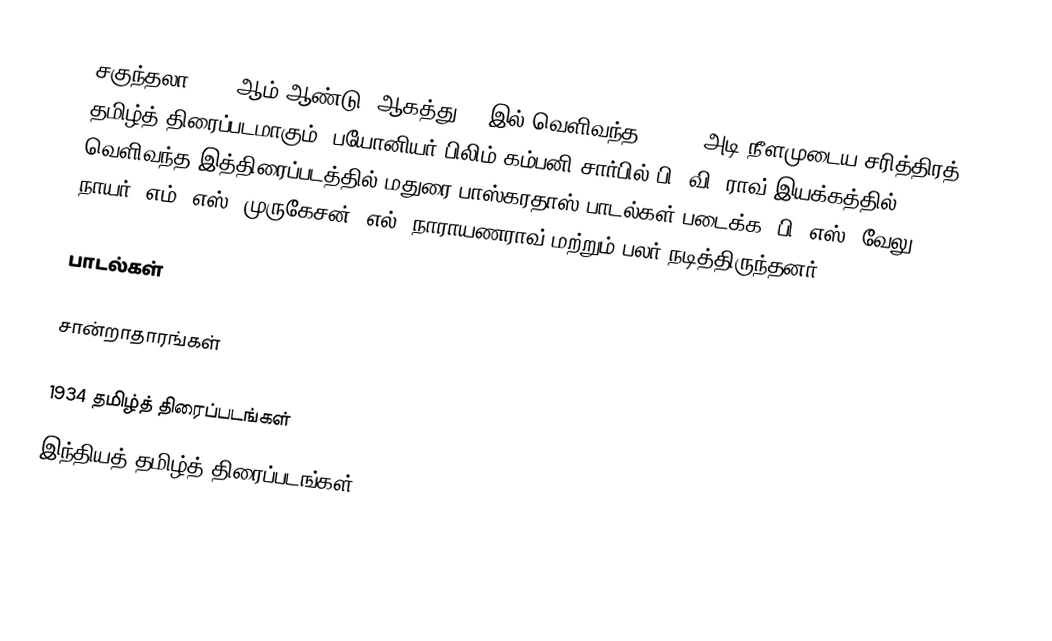
சகுந்தலா 1934 ஆம் ஆண்டு, ஆகத்து 11 இல் வெளிவந்த 14,000 அடி நீளமுடைய சரித்திரத் தமிழ்த் திரைப்படமாகும். பயோனியர் பிலிம் கம்பனி சார்பில் பி. வி. ராவ் இயக்கத்தில் வெளிவந்த இத்திரைப்படத்தில் மதுரை பாஸ்கரதாஸ் பாடல்கள் படைக்க, பி. எஸ். வேலு நாயர், எம். எஸ். முருகேசன், எல். நாராயணராவ் மற்றும் பலர் நடித்திருந்தனர்.

பாடல்கள்

சான்றாதாரங்கள்

1934 தமிழ்த் திரைப்படங்கள்
இந்தியத் தமிழ்த் திரைப்படங்கள்